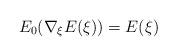
LaTeX: \begin{align*}E_0(\nabla _\xi E(\xi)) = E(\xi) \end{align*}